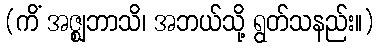
(ကိံ အဇ္ဈဘာသိ၊ အဘယ်သို့ ရွတ်သနည်း။)